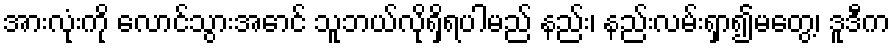
အားလုံးကို လောင်သွားအောင် သူဘယ်လိုရှိရပါမည် နည်း၊ နည်းလမ်းရှာ၍မတွေ့၊ ဒူဒီက